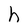
Character: h